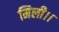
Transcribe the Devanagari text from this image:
मिली।।